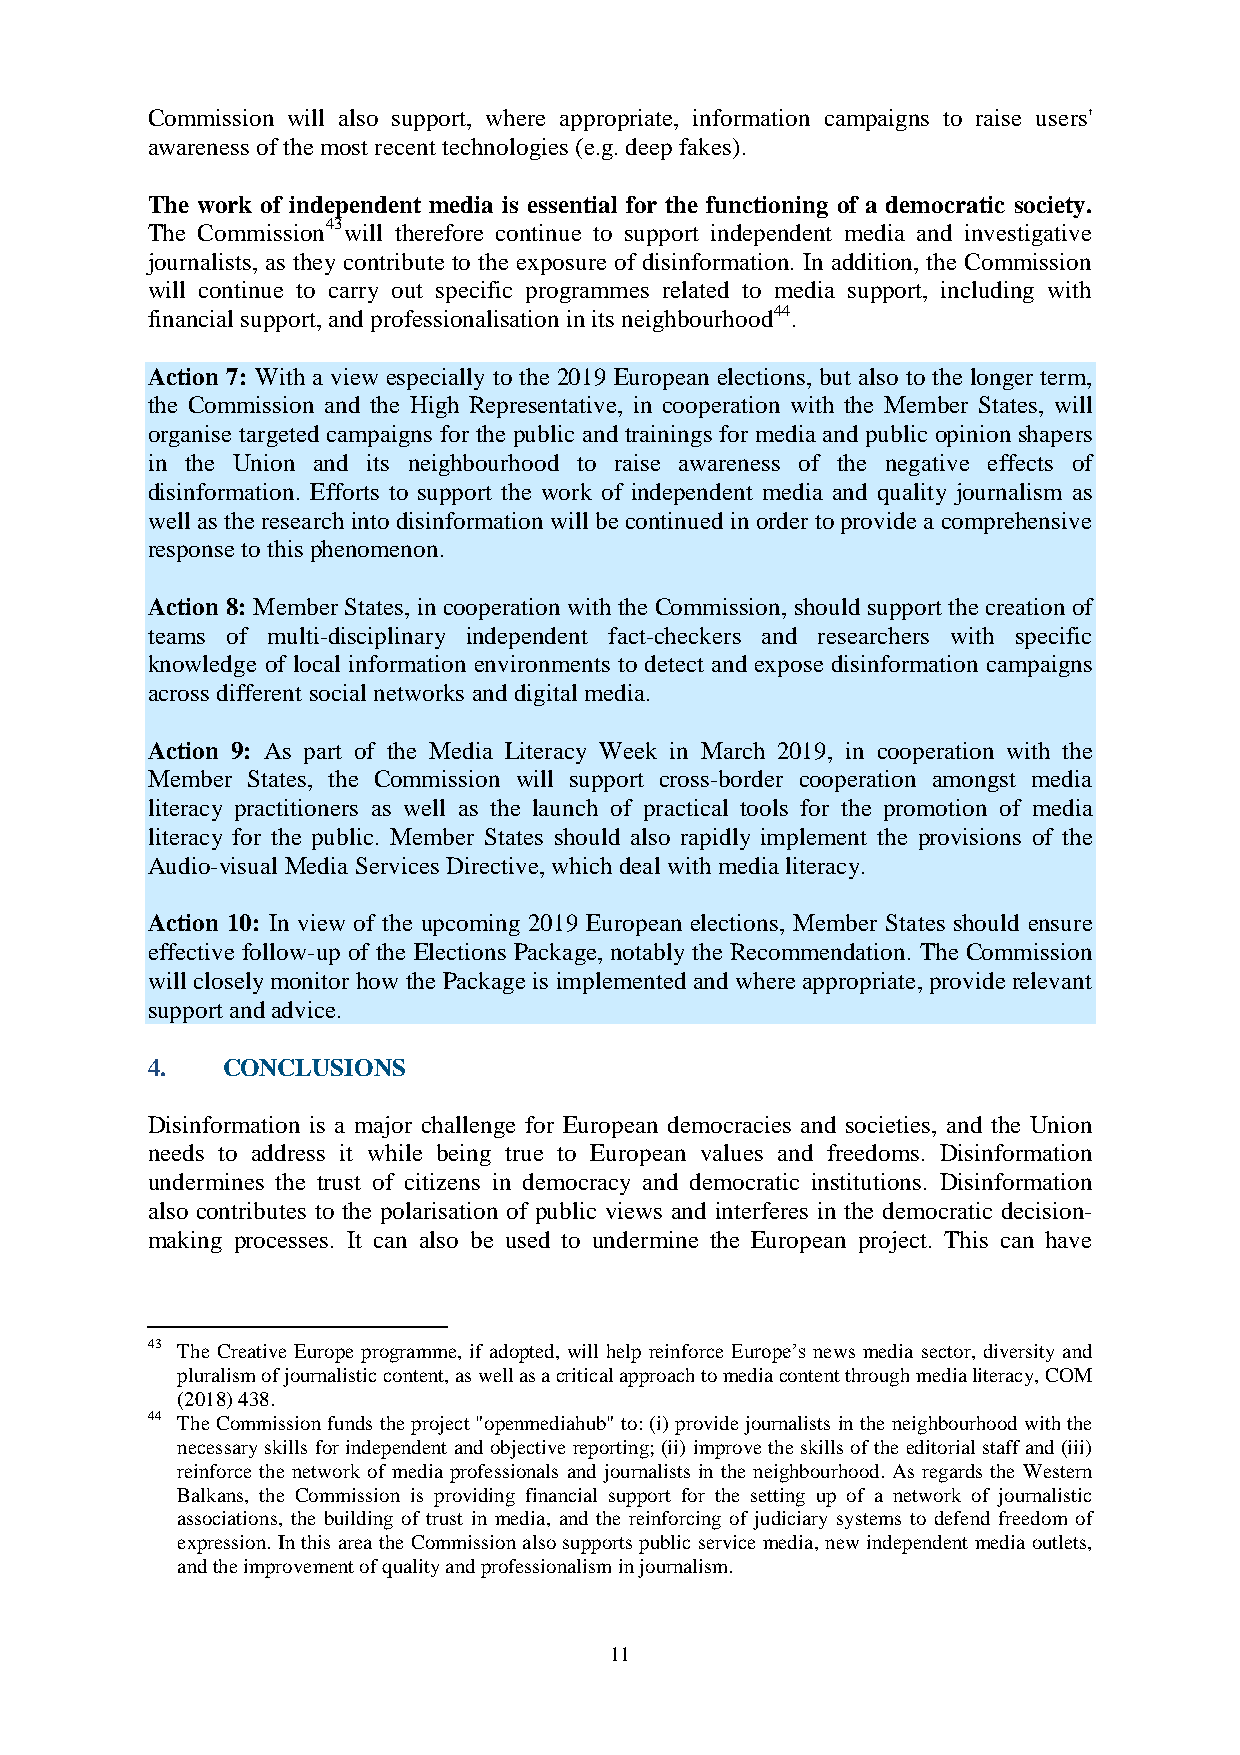
Commission will also support, where appropriate, information campaigns to raise users'
 awareness of the most recent technologies (e.g. deep fakes).
 The work of independent media is essential for the functioning of a democratic society.
 The Commission43will therefore continue to support independent media and investigative
 journalists, as they contribute to the exposure of disinformation. In addition, the Commission
 will continue to carry out specific programmes related to media support, including with
 financial support, and professionalisation in its neighbourhood44.
 Action 7: With a view especially to the 2019 European elections, but also to the longer term,
 the Commission and the High Representative, in cooperation with the Member States, will
 organise targeted campaigns for the public and trainings for media and public opinion shapers
 in the Union and its neighbourhood to raise awareness of the negative effects of
 disinformation. Efforts to support the work of independent media and quality journalism as
 well as the research into disinformation will be continued in order to provide a comprehensive
 response to this phenomenon.
 Action 8: Member States, in cooperation with the Commission, should support the creation of
 teams of multi-disciplinary independent fact-checkers and researchers with specific
 knowledge of local information environments to detect and expose disinformation campaigns
 across different social networks and digital media.
 Action 9: As part of the Media Literacy Week in March 2019, in cooperation with the
 Member States, the Commission will support cross-border cooperation amongst media
 literacy practitioners as well as the launch of practical tools for the promotion of media
 literacy for the public. Member States should also rapidly implement the provisions of the
 Audio-visual Media Services Directive, which deal with media literacy.
 Action 10: In view of the upcoming 2019 European elections, Member States should ensure
 effective follow-up of the Elections Package, notably the Recommendation. The Commission
 will closely monitor how the Package is implemented and where appropriate, provide relevant
 support and advice.
 4.   CONCLUSIONS
 Disinformation is a major challenge for European democracies and societies, and the Union
 needs to address it while being true to European values and freedoms. Disinformation
 undermines the trust of citizens in democracy and democratic institutions. Disinformation
 also contributes to the polarisation of public views and interferes in the democratic decision-
 making processes. It can also be used to undermine the European project. This can have
 43 The Creative Europe programme, if adopted, will help reinforce Europe’s news media sector, diversity and
 pluralism of journalistic content, as well as a critical approach to media content through media literacy, COM
 (2018) 438.
 44 The Commission funds the project "openmediahub" to: (i) provide journalists in the neighbourhood with the
 necessary skills for independent and objective reporting; (ii) improve the skills of the editorial staff and (iii)
 reinforce the network of media professionals and journalists in the neighbourhood. As regards the Western
 Balkans, the Commission is providing financial support for the setting up of a network of journalistic
 associations, the building of trust in media, and the reinforcing of judiciary systems to defend freedom of
 expression. In this area the Commission also supports public service media, new independent media outlets,
 and the improvement of quality and professionalism in journalism.
 11